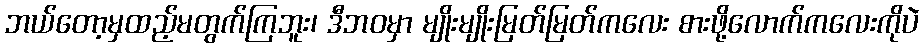
ဘယ်တော့မှထည့်မတွက်ကြဘူး၊ ဒီဘဝမှာ မျိုးမျိုးမြတ်မြတ်ကလေး စားဖို့လောက်ကလေးကိုပဲ